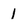
Character: 1